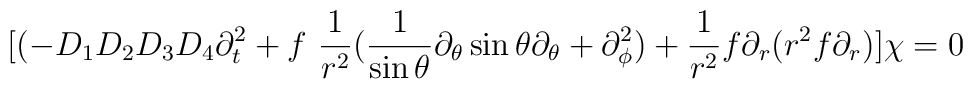
[(-D_1 D_2 D_3 D_4 \partial_t^2 + f~{1\over r^2}({1\over\sin\theta}\partial_\theta \sin\theta \partial_\theta+\partial_\phi^2)+{1\over r^2}f\partial_r (r^2 f\partial_r ) ]\chi =0